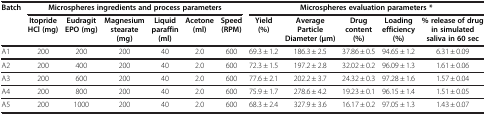
| Batch | <COLSPAN=6> Microspheres ingredients and process parameters | <COLSPAN=5> Microspheres evaluation parameters * |
 |  | Itopride HCl (mg) | Eudragit EPO (mg) | Magnesium stearate (mg) | Liquid paraffin (ml) | Acetone (ml) | Speed (RPM) | Yield (%) | Average Particle Diameter (μm) | Drug content (%) | Loading efficiency (%) | % release of drug in simulated saliva in 60 sec |
 | --- | --- | --- | --- | --- | --- | --- | --- | --- | --- | --- | --- |
 | A1 | 200 | 200 | 200 | 40 | 2.0 | 600 | 69.3 ± 1.2 | 186.3 ± 2.5 | 37.86 ± 0.5 | 94.65 ± 1.2 | 6.31 ± 0.09 |
 | A2 | 200 | 400 | 200 | 40 | 2.0 | 600 | 72.3 ± 1.5 | 197.2 ± 2.8 | 32.02 ± 0.2 | 96.09 ± 1.3 | 1.61 ± 0.06 |
 | A3 | 200 | 600 | 200 | 40 | 2.0 | 600 | 77.6 ± 2.1 | 202.2 ± 3.7 | 24.32 ± 0.3 | 97.28 ± 1.6 | 1.57 ± 0.04 |
 | A4 | 200 | 800 | 200 | 40 | 2.0 | 600 | 75.9 ± 1.7 | 278.6 ± 4.2 | 19.23 ± 0.1 | 96.15 ± 1.4 | 1.51 ± 0.05 |
 | A5 | 200 | 1000 | 200 | 40 | 2.0 | 600 | 68.3 ± 2.4 | 327.9 ± 3.6 | 16.17 ± 0.2 | 97.05 ± 1.3 | 1.43 ± 0.07 |